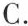
C.